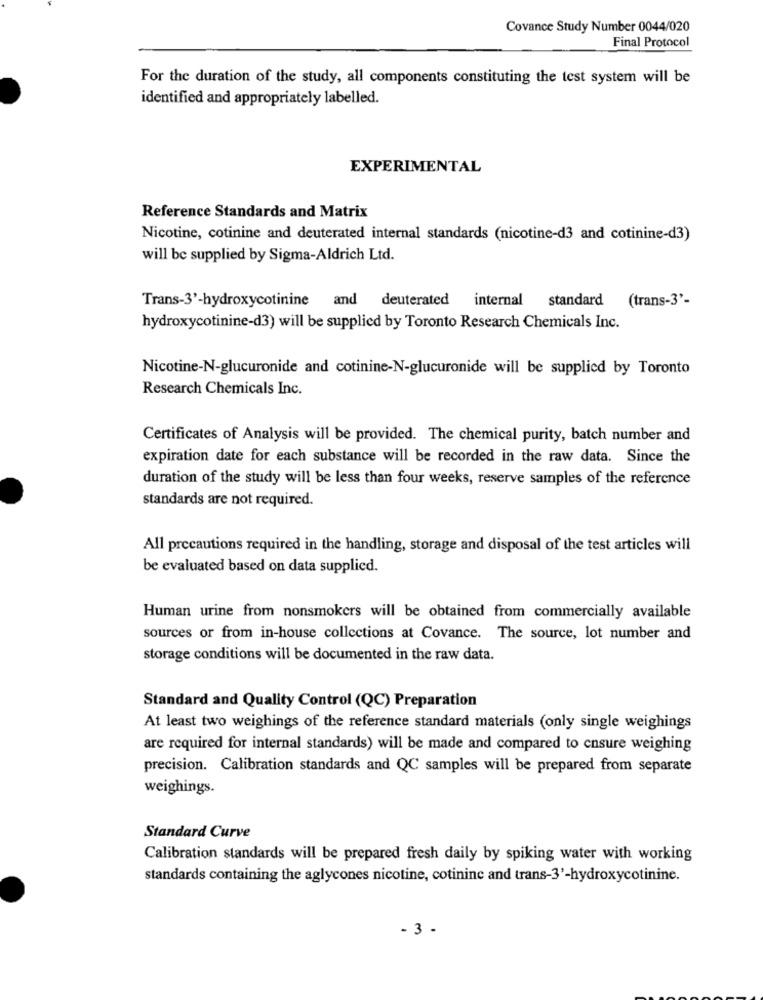
Covance Study Number 0044/020
Final Protocol
For the duration of the study, all components constituting the test system will be
identified and appropriately labelled.
EXPERIMENTAL
Reference Standards and Matrix
Nicotine, cotinine and deuterated internal standards (nicotine-d3 and cotinine-d3)
will be supplied by Sigma-Aldrich Ltd.
Trans-3'-hydroxycotinine and deuterated internal standard (trans-3'-
hydroxycotinine-d3) will be supplied by Toronto Research Chemicals Inc.
Nicotine-N-glucuronide and cotinine-N-glucuronide will be supplied by Toronto
Research Chemicals Inc.
Certificates of Analysis will be provided. The chemical purity, batch number and
expiration date for each substance will be recorded in the raw data. Since the
duration of the study will be less than four weeks, reserve samples of the reference
standards are not required.
All precautions required in the handling, storage and disposal of the test articles will
be evaluated based on data supplied.
Human urine from nonsmokers will be obtained from commercially available
sources or from in-house collections at Covance. The source, lot number and
storage conditions will be documented in the raw data.
Standard and Quality Control (QC) Preparation
At least two weighings of the reference standard materials (only single weighings
are required for internal standards) will be made and compared to ensure weighing
precision. Calibration standards and QC samples will be prepared from separate
weighings.
Standard Curve
Calibration standards will be prepared fresh daily by spiking water with working
standards containing the aglycones nicotine, cotininc and trans-3'-hydroxycotinine.
- 3 -